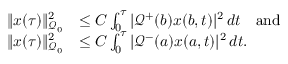
\begin{array} { r l } { \| x ( \tau ) \| _ { \mathcal { Q } _ { 0 } } ^ { 2 } } & { \leq C \int _ { 0 } ^ { \tau } | \mathcal { Q } ^ { + } ( b ) x ( b , t ) | ^ { 2 } \, d t \quad \mathrm { a n d } } \\ { \| x ( \tau ) \| _ { \mathcal { Q } _ { 0 } } ^ { 2 } } & { \leq C \int _ { 0 } ^ { \tau } | \mathcal { Q } ^ { - } ( a ) x ( a , t ) | ^ { 2 } \, d t . } \end{array}